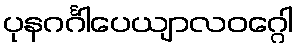
ပုနဂင်္ဂါပေယျာလဝဂ္ဂေါ